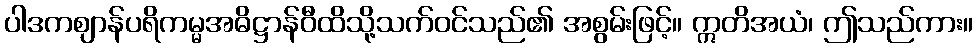
ပါဒကဈာန်ပရိကမ္မအဓိဋ္ဌာန်ဝီထိသို့သက်ဝင်သည်၏ အစွမ်းဖြင့်။ ဣတိအယံ၊ ဤသည်ကား။